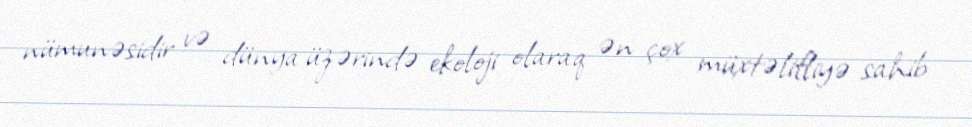
nümunəsidir və dünya üzərində ekoloji olaraq ən çox müxtəlifliyə sahib